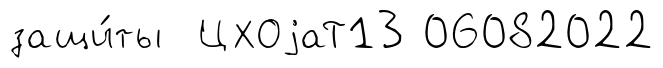
защи́ты ЦХОjаТ13 06082022